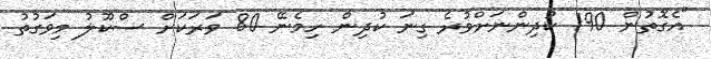
"އެގޮތުން 190 ކުދިންނަށްވުރެ ގިނަ ކުދިން ހިމެނޭ 80 ވަރަކަށް ސްކޫލު މިވަގުުތު